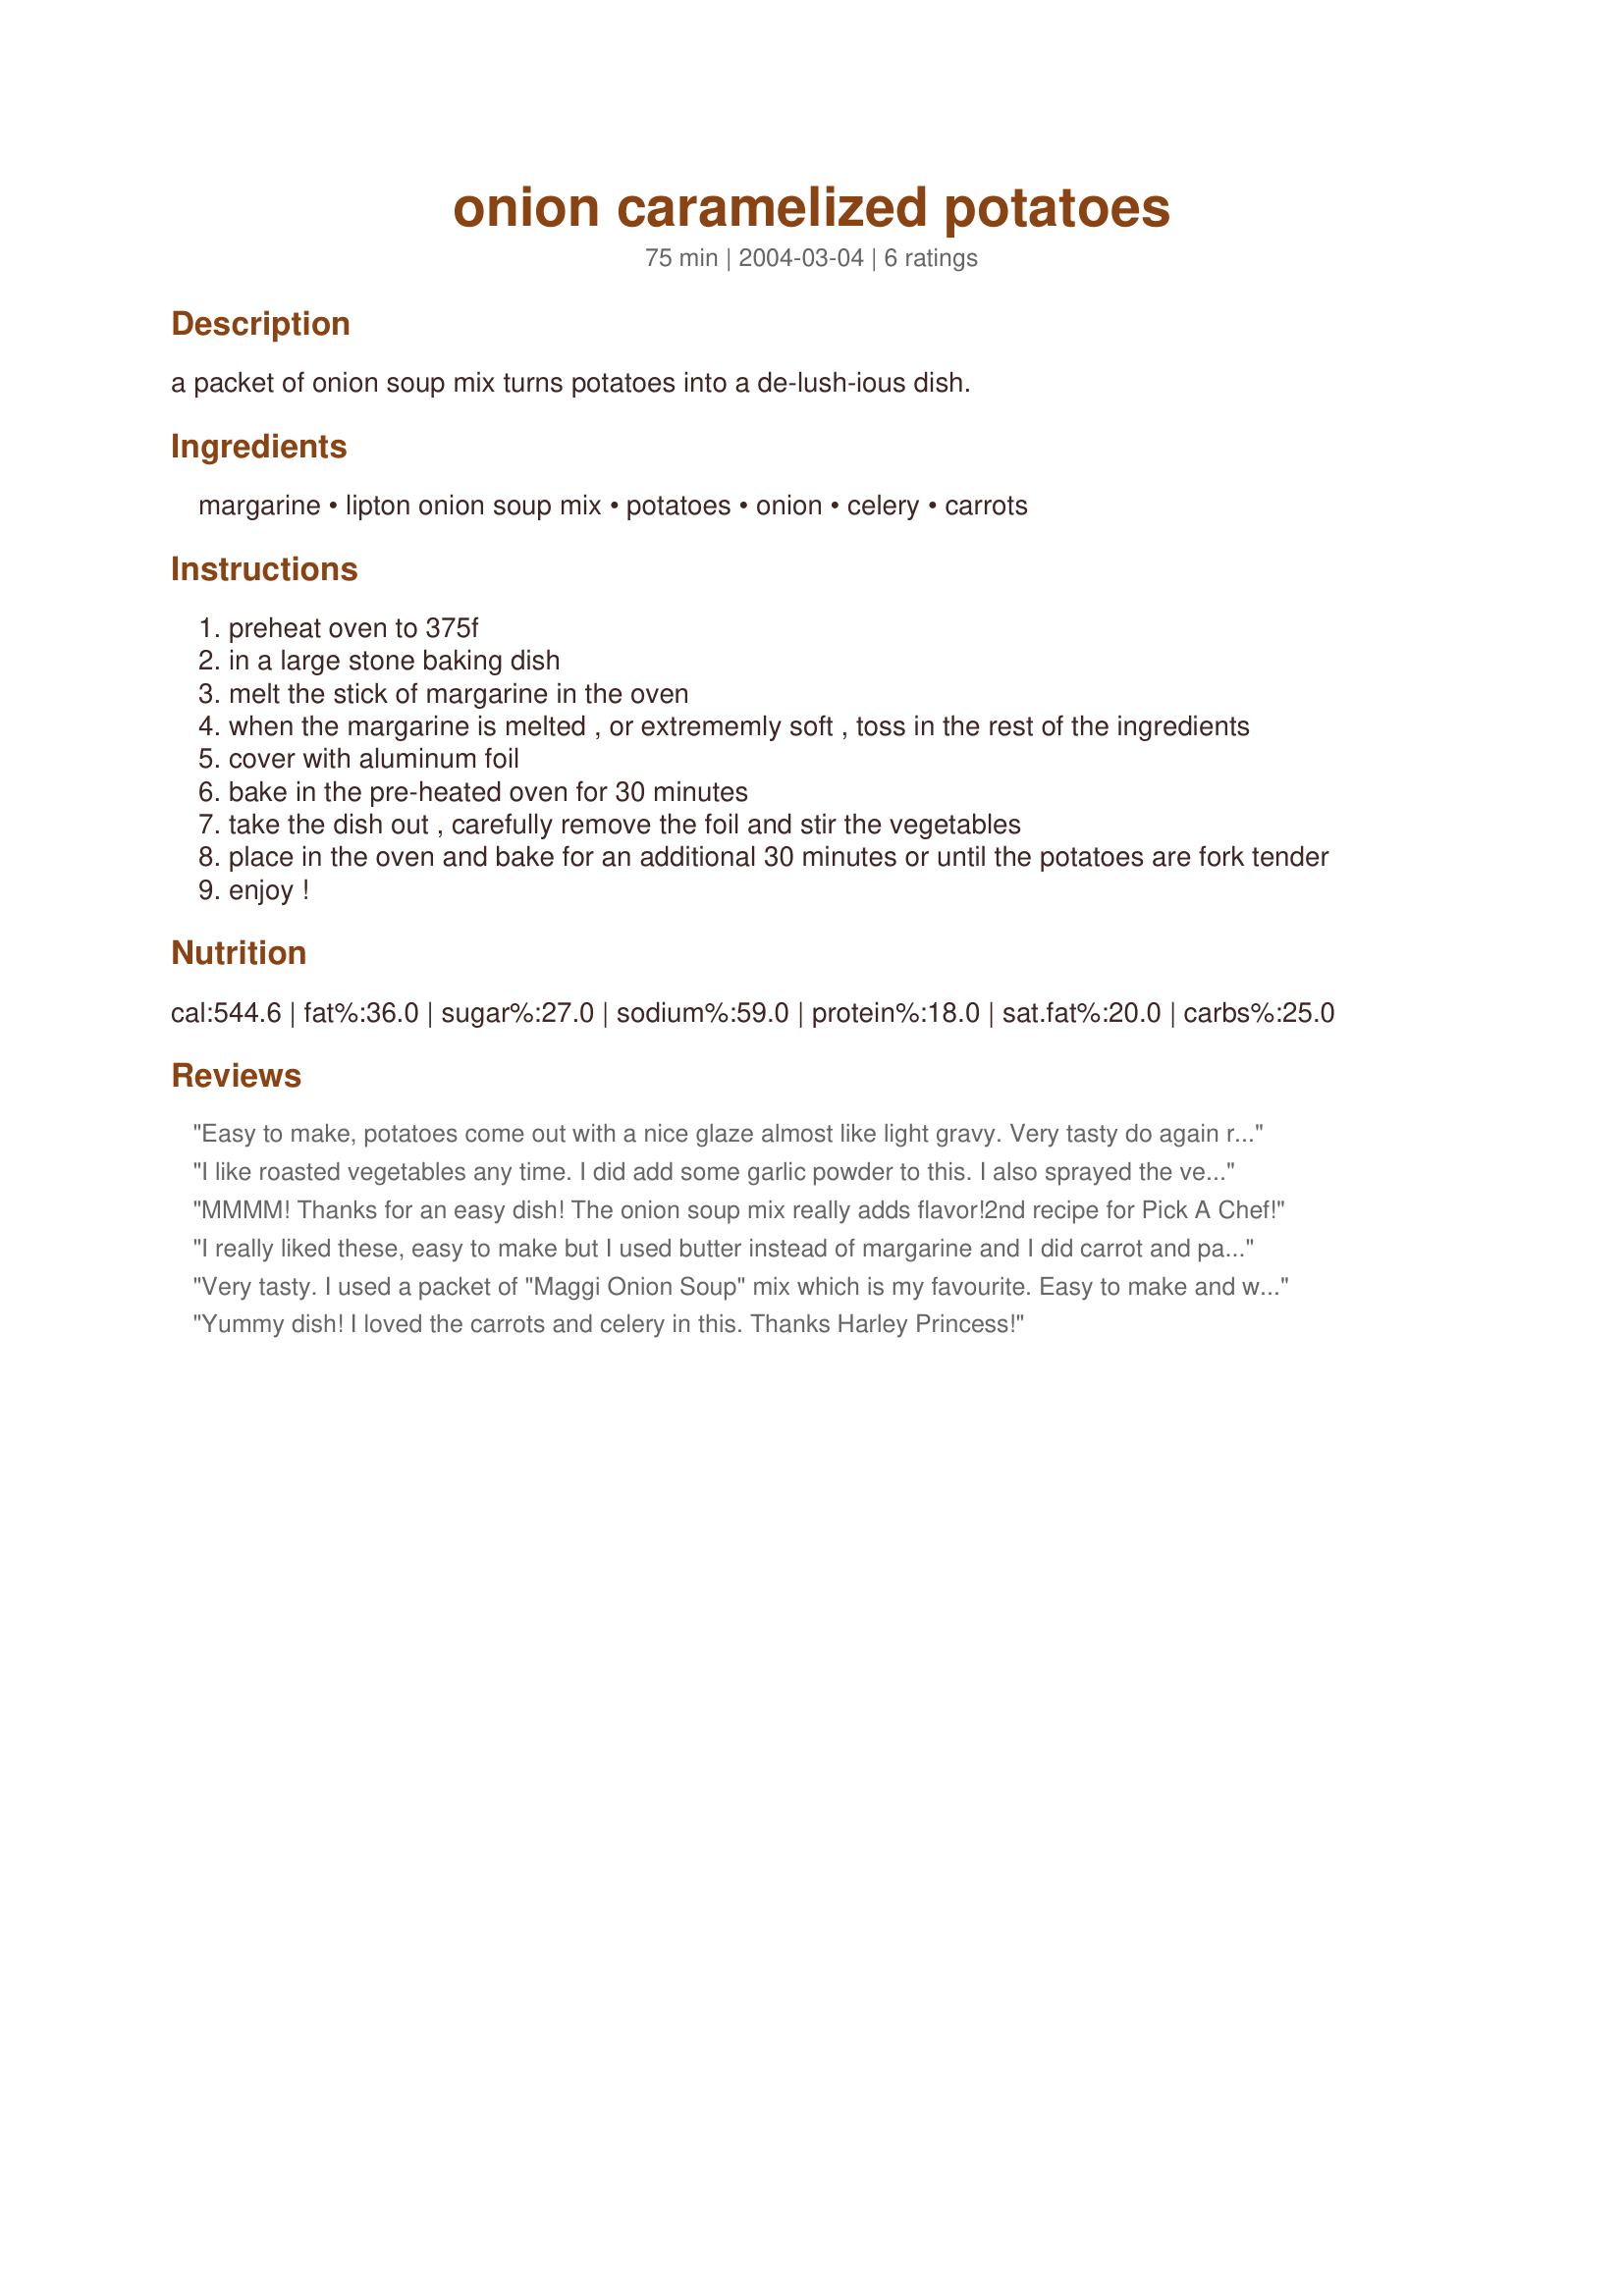
onion caramelized potatoes
Preparation time: 75 minutes

a packet of onion soup mix turns potatoes into a de-lush-ious dish.

Ingredients:
margarine, lipton onion soup mix, potatoes, onion, celery, carrots

Steps:
preheat oven to 375f
in a large stone baking dish
melt the stick of margarine in the oven
when the margarine is melted , or extrememly soft , toss in the rest of the ingredients
cover with aluminum foil
bake in the pre-heated oven for 30 minutes
take the dish out , carefully remove the foil and stir the vegetables
place in the oven and bake for an additional 30 minutes or until the potatoes are fork tender
enjoy !

Reviews:
Easy to make, potatoes come out with a nice glaze almost like light gravy. Very tasty do again recipe Thanks Harley Princess
I like roasted vegetables any time. I did add some garlic powder to this. I also sprayed the veggies with a butter spray. This helped the onion soup and garlic powder to stick to the veggies while cooking. Nice veggie dish to make if the oven is on anyway!! Thanks for posting this.
MMMM! Thanks for an easy dish! The onion soup mix really adds flavor!2nd recipe for Pick A Chef!
I really liked these, easy to make but I used butter instead of margarine and I did carrot and parsnip but didn't use celery. Will make again as it is so simple.
Very tasty. I used a packet of "Maggi Onion Soup" mix which is my favourite. Easy to make and will make again. Thanks for posting.
Yummy dish! I loved the carrots and celery in this. Thanks Harley Princess!
